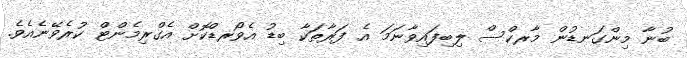
ބުނާ މިންގަނޑުން މާރކްސް ލިބިފައިވާނަމަ އެ ފަރާތަކާ ބިޑު އެވޯރޑްކޮށް އެގްރިމެންޓް ކުރެވޭނެއެވެ.